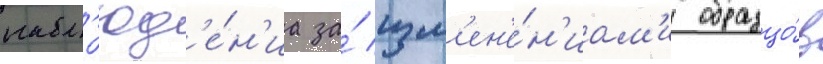
набл'юд'е́н'иа за́ изм'ен'е́н'иам'и образцо́в